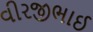
વીરજીભાઈ